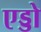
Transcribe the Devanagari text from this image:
एड्डो